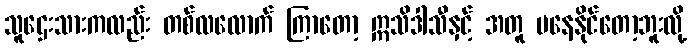
သူဌေးသားကလည်း တစ်လလောက် ကြာတော့ ဣသိဒါသီနှင့် အတူ မနေနိုင်တော့ဘူးလို့